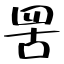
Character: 罟